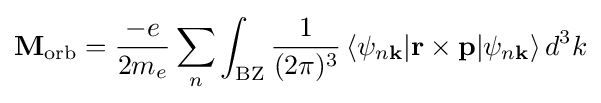
\mathbf {M} _{\rm {orb}}={\frac {-e}{2m_{e}}}\sum _{n}\int _{\rm {BZ}}{\frac {1}{(2\pi )^{3}}}\,\langle \psi _{n\mathbf {k} }\vert \mathbf {r} \times \mathbf {p} \vert \psi _{n\mathbf {k} }\rangle \,d^{3}k